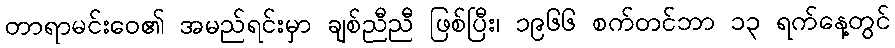
တာရာမင်းဝေ၏ အမည်ရင်းမှာ ချစ်ညီညီ ဖြစ်ပြီး၊ ၁၉၆၆ စက်တင်ဘာ ၁၃ ရက်နေ့တွင်